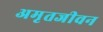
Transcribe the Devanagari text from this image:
अमृतजीवन